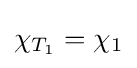
\chi _{T_{1}}=\chi _{1}